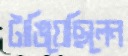
টাঙিয়েছিলেন